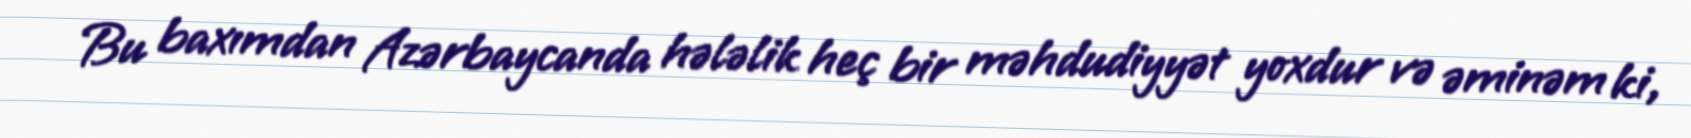
Bu baxımdan Azərbaycanda hələlik heç bir məhdudiyyət yoxdur və əminəm ki,